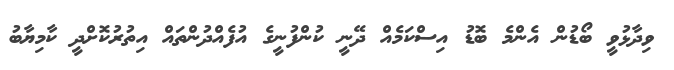
ވިދާޅުވީ ބޯޑުން އެންމެ ބޮޑު އިސްކަމެއް ދޭނީ ކުންފުނީގެ އުފެއްދުންތައް އިތުރުކޮށްދީ ކާމިޔާބު